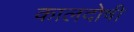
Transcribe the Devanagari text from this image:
कालदोषी